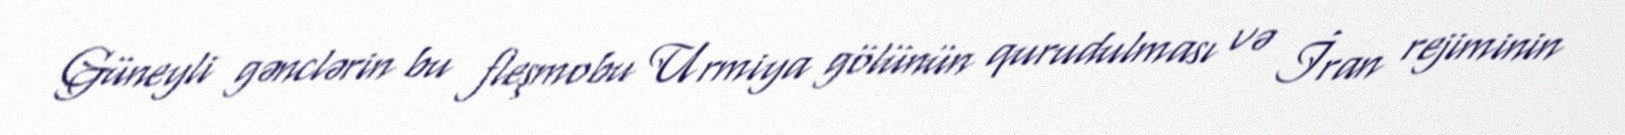
Güneyli gənclərin bu fleşmobu Urmiya gölünün qurudulması və İran rejiminin